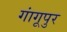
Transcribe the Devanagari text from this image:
गांगूपुर